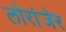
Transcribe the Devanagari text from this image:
लोरांंजेर